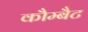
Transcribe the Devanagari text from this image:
कौम्बैट